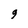
Character: q